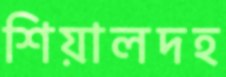
শিয়ালদহ